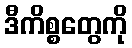
ဒီကိစ္စတွေကို